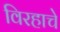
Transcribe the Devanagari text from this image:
विरहाचे